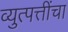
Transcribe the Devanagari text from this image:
व्युत्पत्तींचा